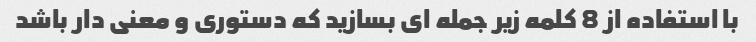
با استفاده از 8 کلمه زیر جمله ای بسازید که دستوری و معنی دار باشد